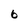
Character: 6